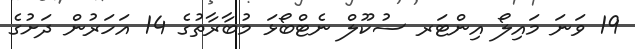
19 ވަނަ މައިލޯ އިންޓަރ ސުކޫލް ނެޓްބޯޅަ މުބާރާތުގެ 14 އަހަރުން ދަށުގެ